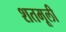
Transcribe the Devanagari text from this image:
शतमूली